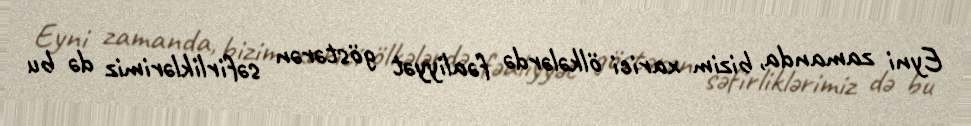
Eyni zamanda, bizim xarici ölkələrdə fəaliyyət göstərən səfirliklərimiz də bu